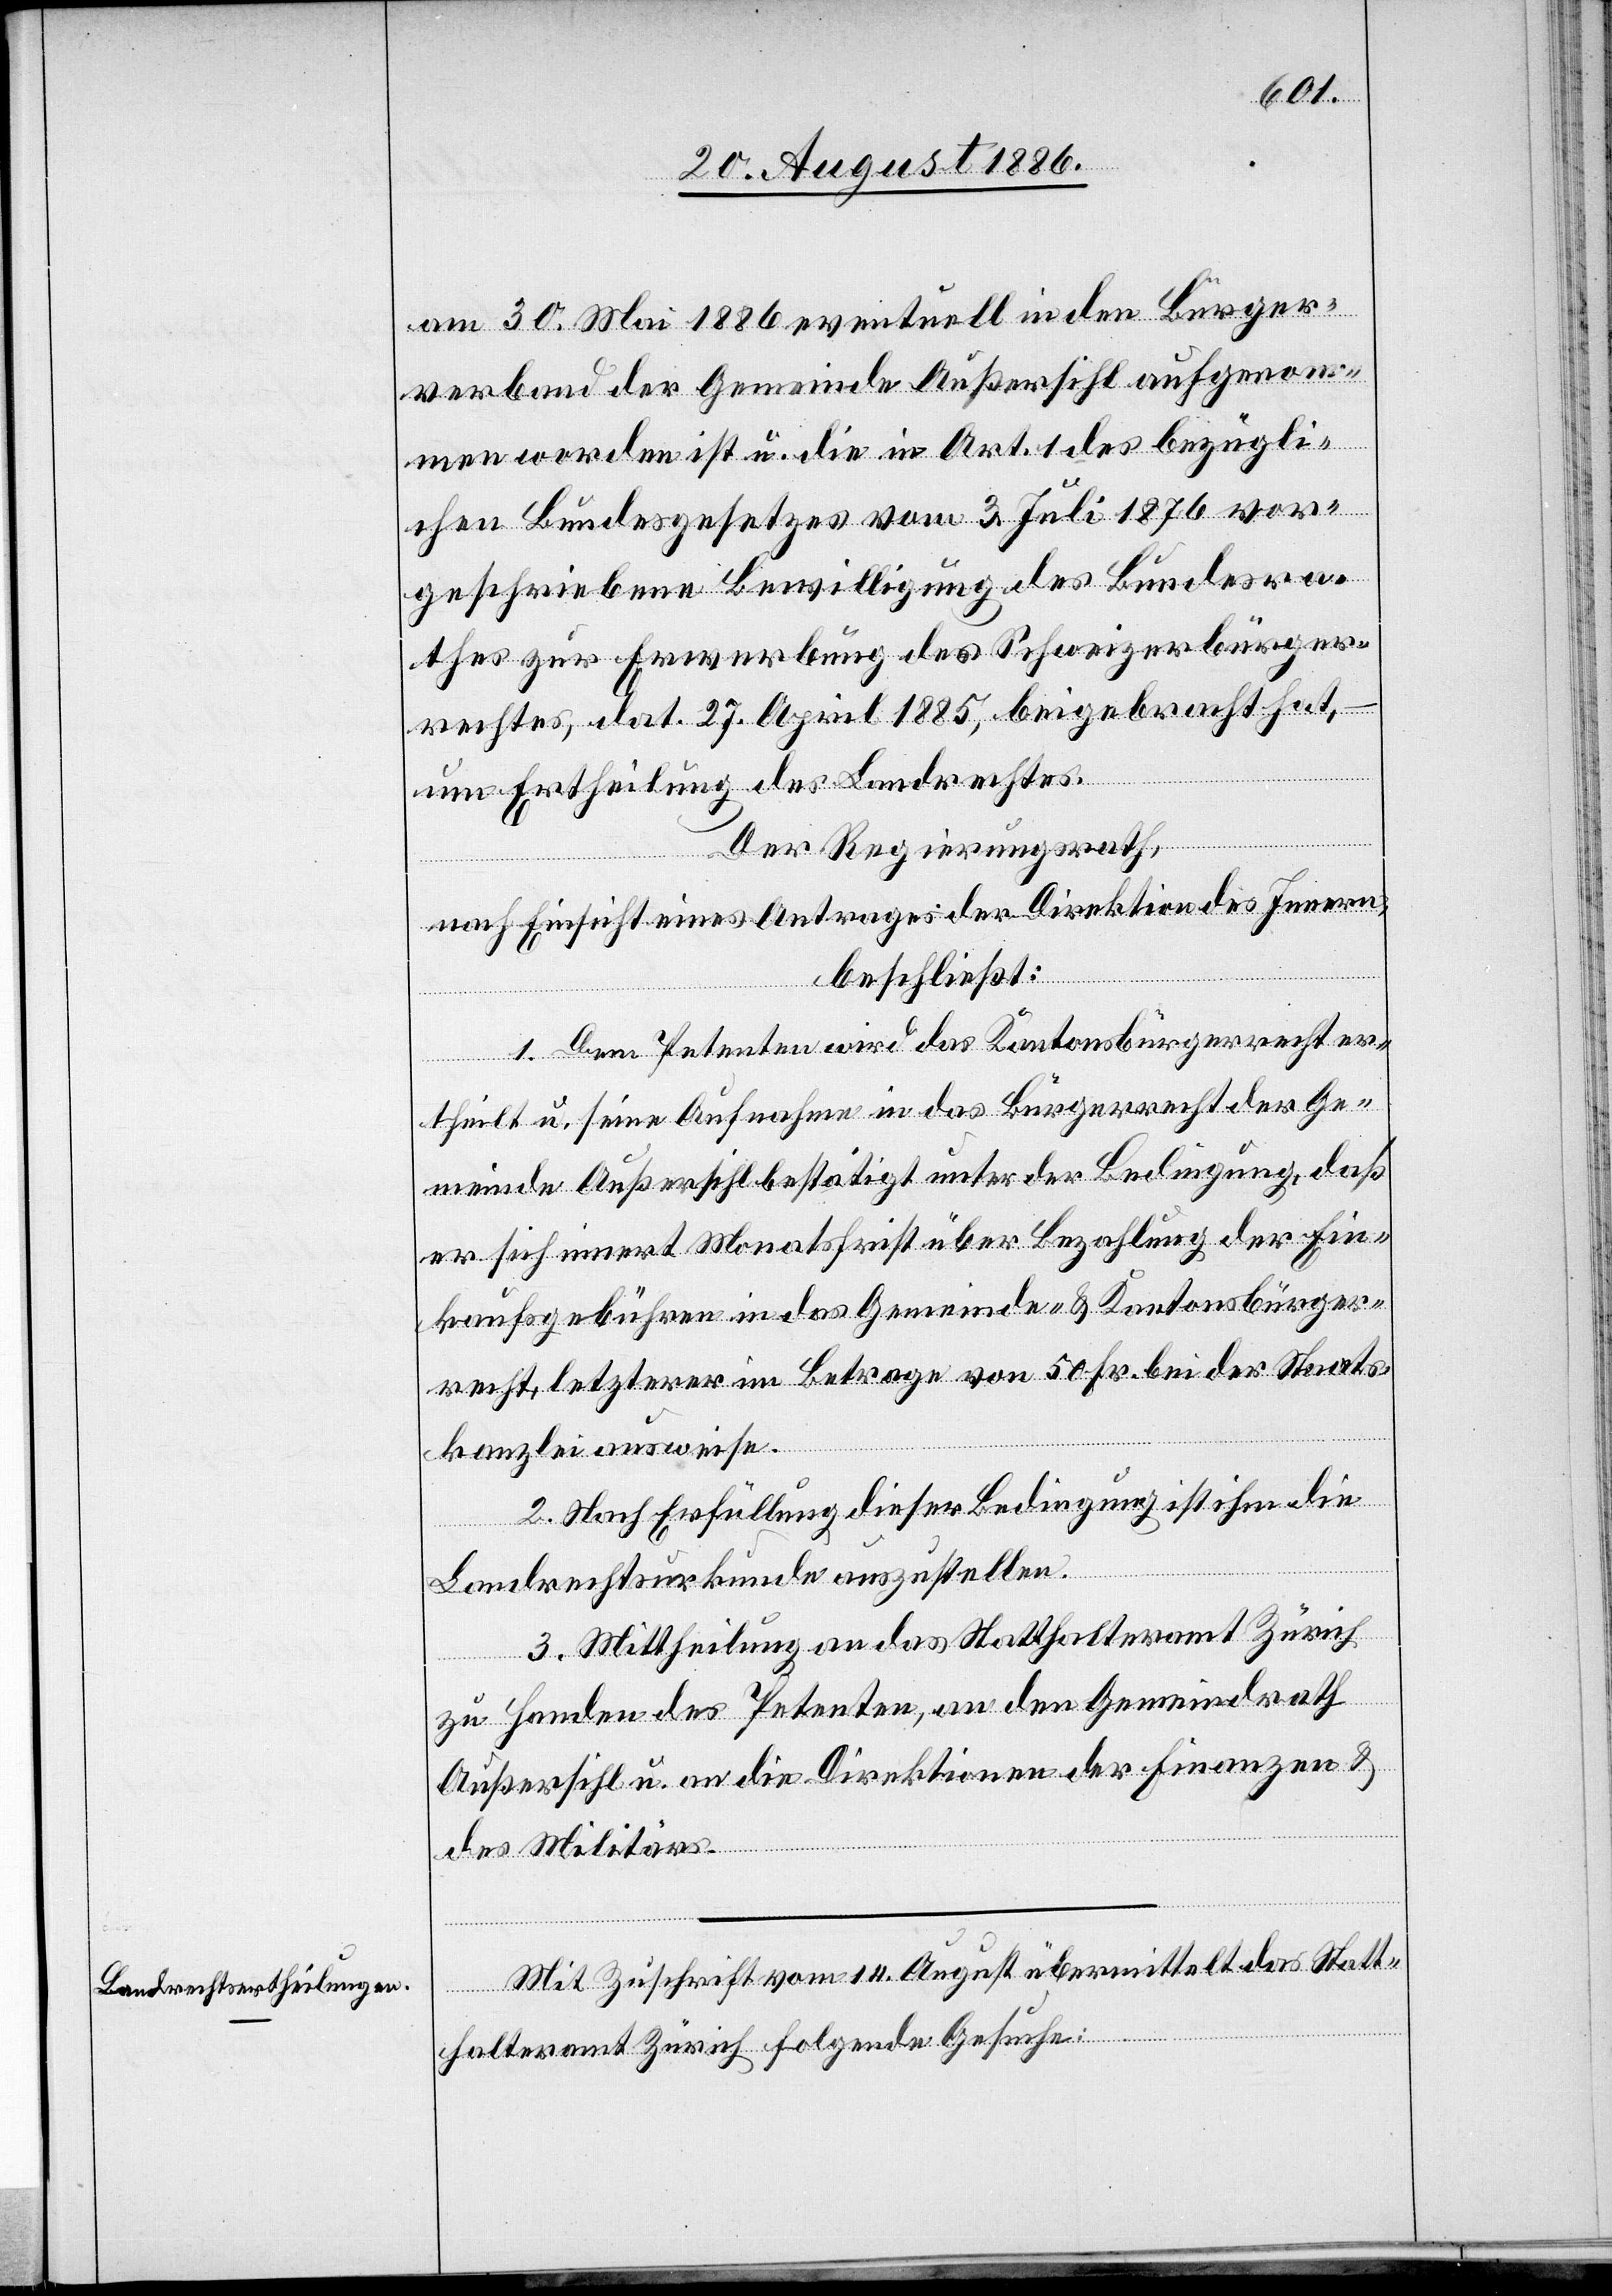
am 30. Mai eventuell in den Bürger¬
verband der Gemeinde Außersihl aufgenom¬
men worden ist u. die in Art. 1 des bezügli¬
chen Bundesgesetzes vom 3. Juli 1876 vor¬
geschriebene Bewilligung des Bundesra¬
thes zur Erwerbung des Schweizerbürger¬
rechtes, dat. 27. April 1885, beigebracht hat,
um Ertheilung des Landrechtes.
Der Regierungsrath,
nach Einsicht eines Antrages der Direktion des Innern,
beschließt:
1. Dem Petenten wird das Kantonsbürgerrecht er¬
theilt u. seine Aufnahme in das Bürgerrecht der Ge¬
meinde Außersihl bestätigt, unter der Bedingung, daß
er sich innert Monatsfrist über Bezahlung der Ein¬
kaufsgebühren in das Gemeinde- & Kantonsbürger¬
recht, letzterer im Betrage von 50 Fr. bei der Staats¬
kanzlei ausweise.
2. Nach Erfüllung dieser Bedingung ist ihm die
Landrechtsurkunde auszustellen.
3. Mittheilung an das Statthalteramt Zürich
zu Handen des Petenten, an den Gemeindrath
Außersihl u. an die Direktionen der Finanzen &
des Militärs.
Mit Zuschrift vom 14. August übermittelt das Statt¬
halteramt Zürich folgende Gesuche: